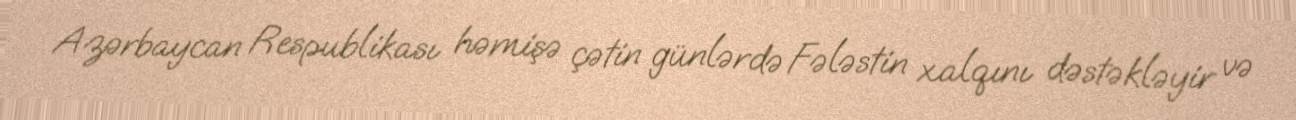
Azərbaycan Respublikası həmişə çətin günlərdə Fələstin xalqını dəstəkləyir və